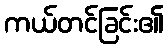
ကယ်တင်ခြင်း၏